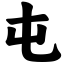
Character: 屯